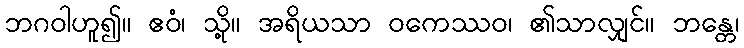
ဘဂဝါဟူ၍။ ဧဝံ၊ သို့။ အရိယသာ ဝကေဿဝ၊ ၏သာလျှင်။ ဘန္တေ၊